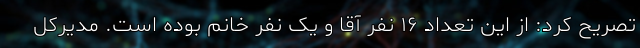
تصریح کرد: از این تعداد ۱۶ نفر آقا و یک نفر خانم بوده است. مدیرکل